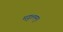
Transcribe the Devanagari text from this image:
मङ्गलम्।